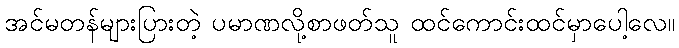
အင်မတန်များပြားတဲ့ ပမာဏလို့စာဖတ်သူ ထင်ကောင်းထင်မှာပေါ့လေ။